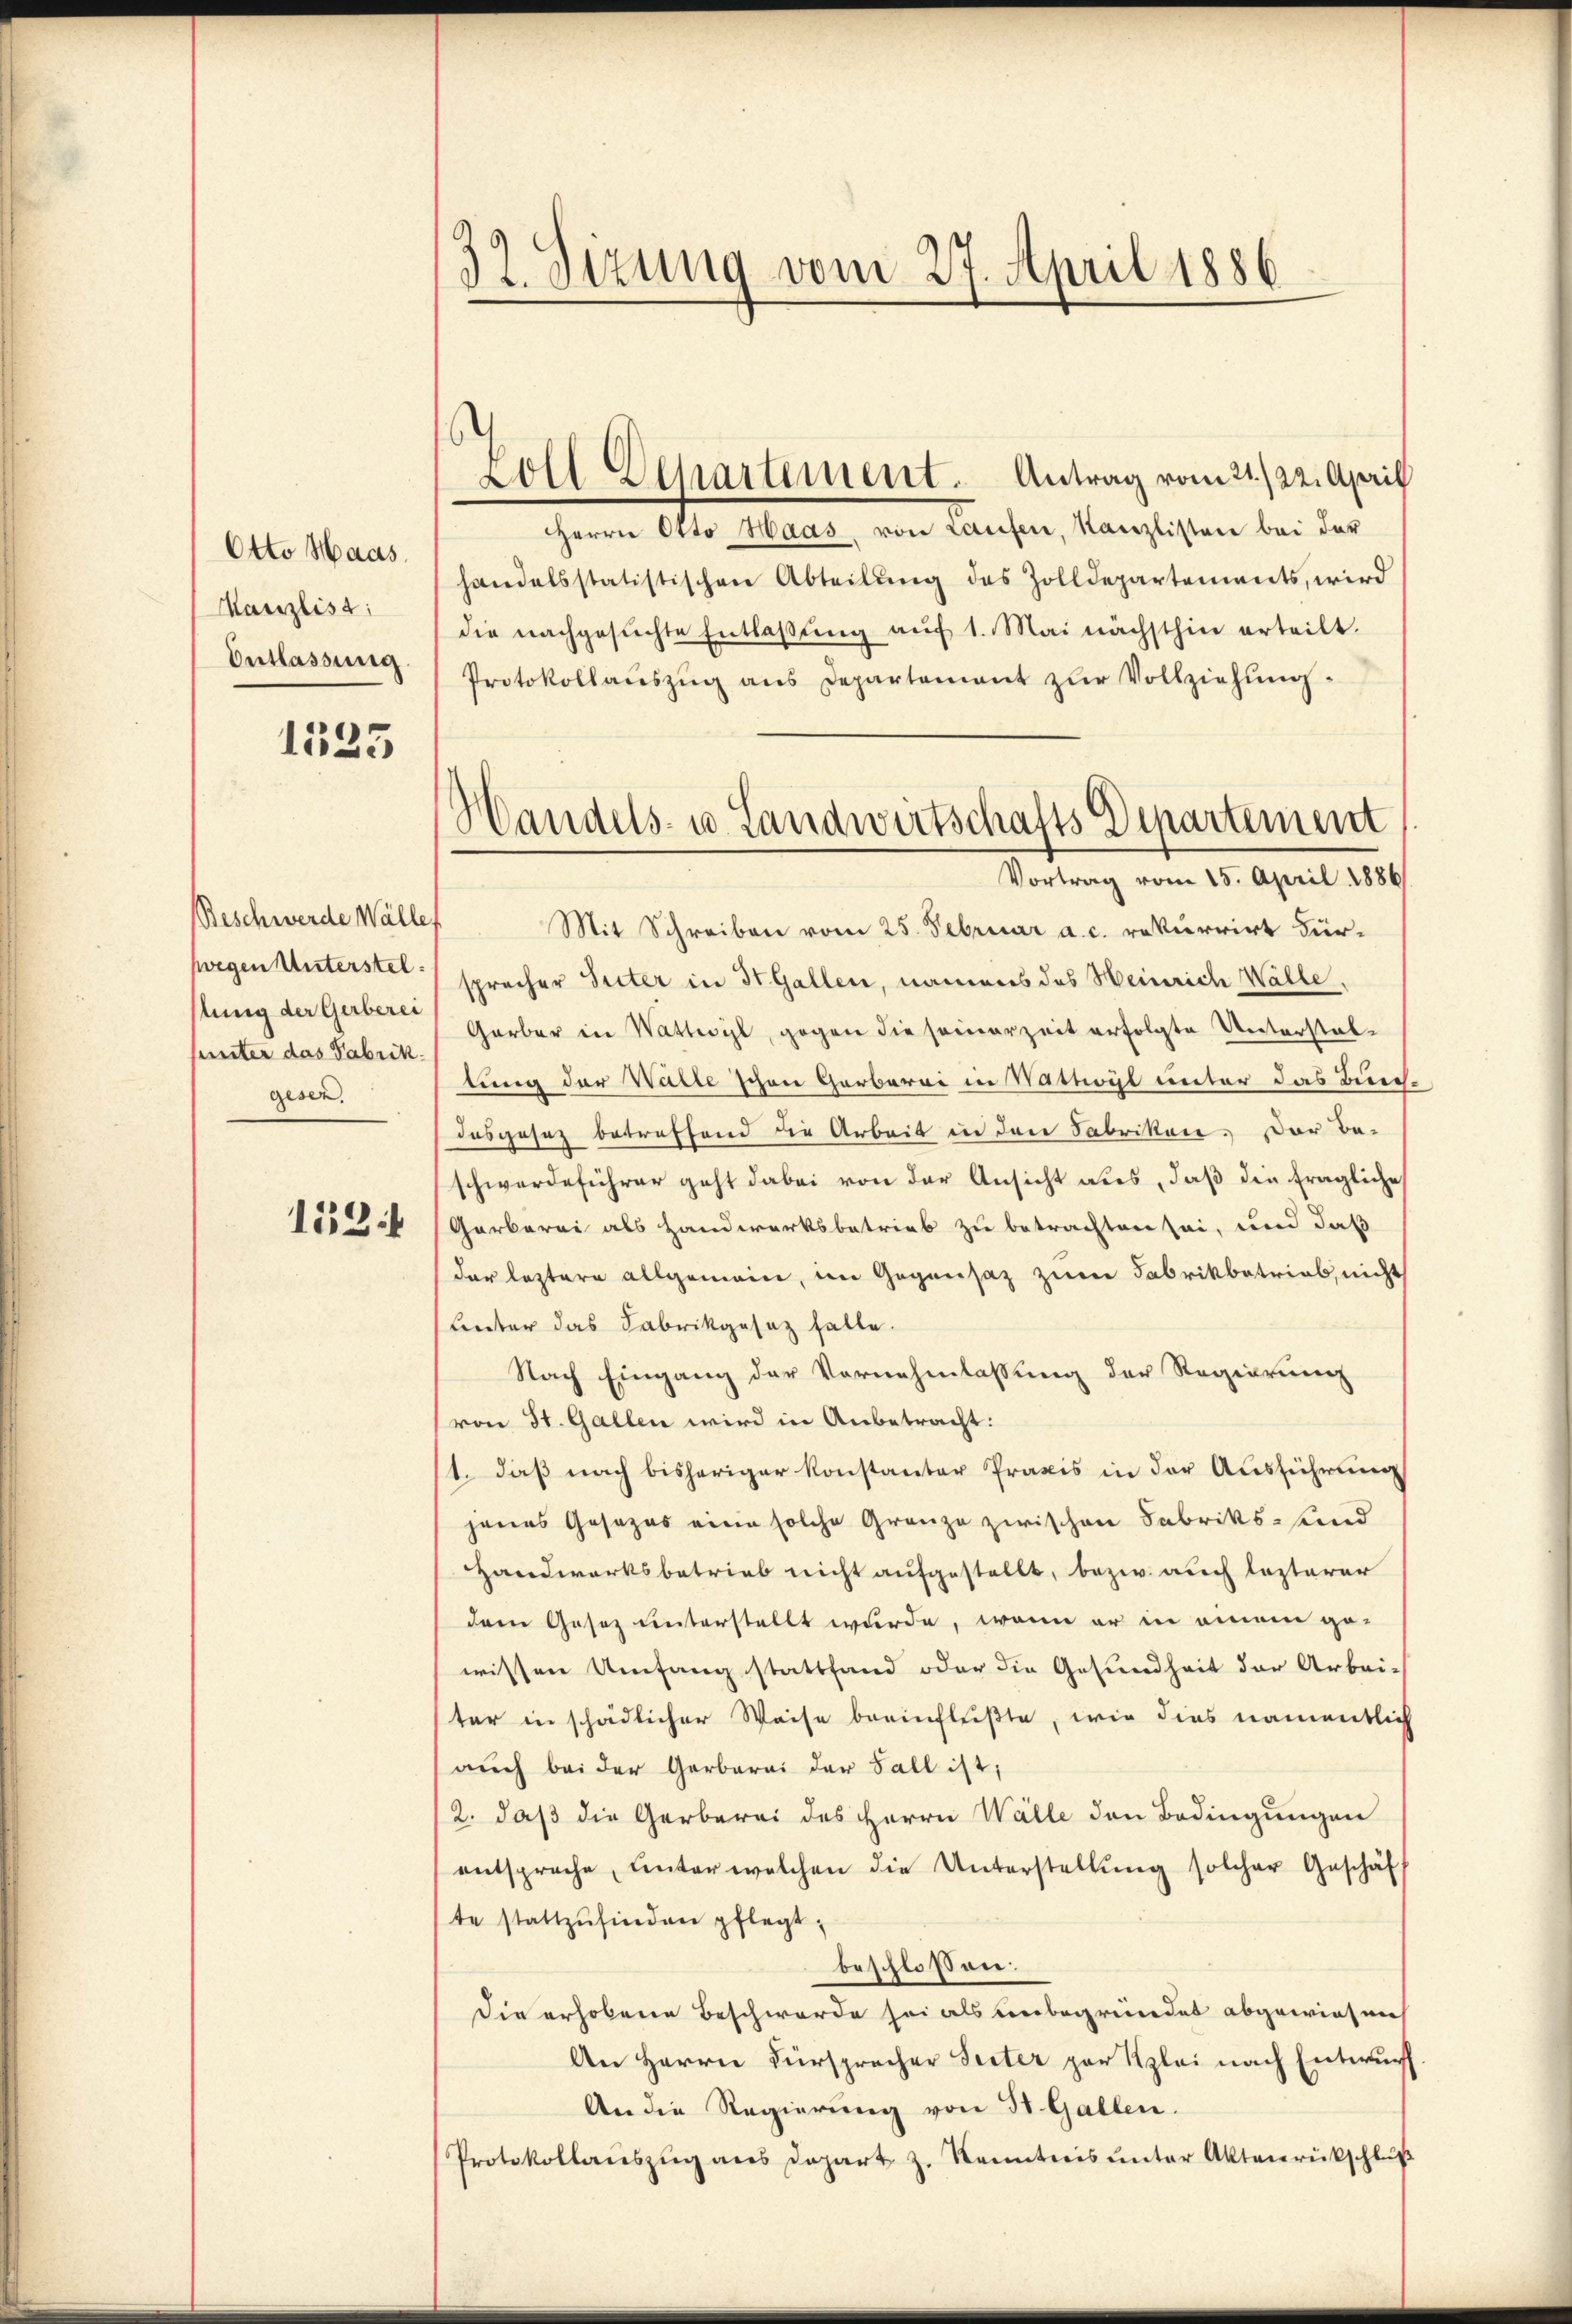
Otto Haas
Manzlist:
Entlassung.

1533

Beschwerde Wälle
hwegen Unterstelstung der Gerberei
hunter das Fabrik.
gesen.

1124

32. Sizung vom 27. April 1886.

Zoll Departement. Antrag vom 21./22. April

Handels- u. Landwirtschafts Departement
Vortrag vom 15. April 1886

HHerrn Otto Haas, von Laufen, Kanzlisten bei der
handelsstatistischen Abteilŭng des Zolldepartements, wird
die nachgesŭchte Entlaβŭng aŭf 1. Mai nächsthin erteilt.
Protokollauszug aus Departement zur Vollziehung.
Mit Schreiben vom 25. Februar a. c. rekurrirt Für-
sprecher Peter in St. Gallen, namens des Heinrich Walle.
Garber in Wattwyl, gegen die seinerzeit erfolgte Unterstaltung der Walle schon Garberei in Wattwyl unter das Bundasgesez betreffend die Arbeit in den Fabriken. Der Be-
schwerdeführer geht dabei von der Ansicht aus, daß die fragliche
Garberei als Handwerksbetrieb zu betrachten sei, und daß
der leztere allgemein, im Gegensaz zum Fabrikbetrieb, nicht
Lnter das Fabrikgesaz falle.
Nach Eingang der Vornehmlassung der Regierung
von St. Gallen wird in Anbetracht:
1. daß nach bisheriger Konstantor Praxis in der Ausführung
jenes Gesezes eine solche Grenze zwischen Fabriks- und
Handwerksbetrieb nicht aufgestellt, bezw. auch lezterer
dern Gesez unterstellt wurde, wenn er in einem ge-
wissen Umfang stattfand oder die Gesundheit der Arbei-
ter in schädlicher Weise beeinflußte, wie dies namentlich
aŭch bei der Garbara der Fall ist,
2. daß die Gerberei des Herrn Walle den Bedingungen
entspreche, ŭnter welchen die Unterstellŭng solcher Geschäft
te stattzŭfinden pflegt,
beschlossen:
Die erhobene Beschwerde sei als unbegründet abgewiesen
An Herrn Fürsprecher Seiter par Kzlei nach Entwurf
An die Regierung von St. Gallen.
Protokollaŭszŭg ans Depart z. Kenntnis ŭnter Aktenrückschluß